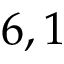
6 , 1